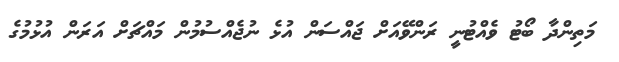
މަތިންދާ ބޯޓު ވެއްޓުނީ ރަންވޭއަށް ޖައްސަން އުޅެ ނުޖެއްސުމުން މައްޗަށް އަރަން އުޅުމުގެ